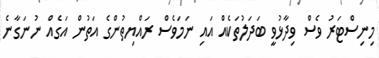
މިނިސްޓަރު ވެސް ވިދާޅުވީ ބަދަލުތަކެއް އައި ނަމަވެސް ރައްޔިތުންގެ އަތުން އަގެއް ނުނަގާނެ